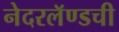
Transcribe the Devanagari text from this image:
नेदरलॅण्डची